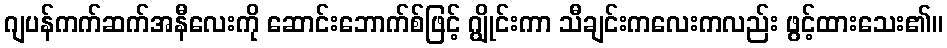
ဂျပန်ကက်ဆက်အနီလေးကို ဆောင်းဘောက်စ်ဖြင့် ဂျွိုင်းကာ သီချင်းကလေးကလည်း ဖွင့်ထားသေး၏။